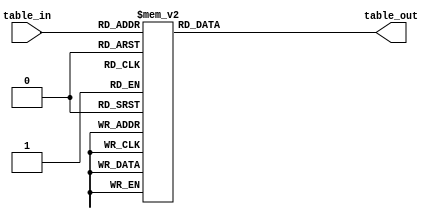
//*********************************************************
// IEEE STD 1364-2001 Verilog file: case3.v 
// Author-EMAIL: Uwe.Meyer-Baese@ieee.org
//*********************************************************
module case3
  (input  [2:0] table_in,  // Three bit 
  output reg [2:0] table_out); // Range 0 to 6
// --------------------------------------------------------
// This is the DA CASE table for
// the 3 coefficients: 2, 3, 1  

  always @(table_in)
  begin
    case (table_in)
      0 :     table_out =  0;
      1 :     table_out =  2;
      2 :     table_out =  3;
      3 :     table_out =  5;
      4 :     table_out =  1;
      5 :     table_out =  3;
      6 :     table_out =  4;
      7 :     table_out =  6;
      default : ;
    endcase
  end

endmodule